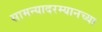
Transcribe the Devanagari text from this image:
सामन्यादरम्यानच्या